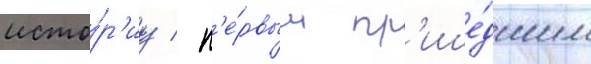
исто́р'иу / п'е́рвым пр'ише́дшим